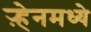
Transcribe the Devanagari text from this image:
ऱ्हेनमध्ये